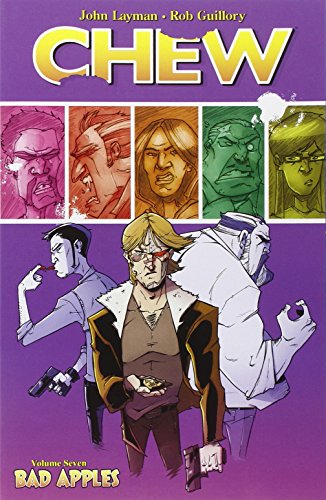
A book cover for Chew Volume 7: Bad Apples TP; John Layman; Comics & Graphic Novels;